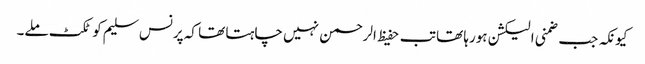
کیونکہ جب ضمنی الیکشن ہورہا تھا تب حفیظ الرحمن نہیں چاہتا تھا کہ پرنس سلیم کو ٹکٹ ملے۔